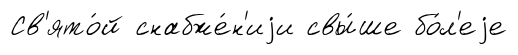
Св'ято́й снабже́н'иjи свы́ше бо́л'еjе